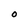
Character: O